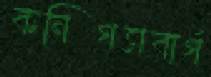
কনিগসবার্গ